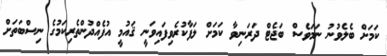
ކަމަށް ބެލެވުނު ނަމަވެސް ބަޖެޓް ދަރަނިވާ ކަމަށް ލަފާކުރެވިފައިވަނީ ޤައުމީ އުފެއްދުންތެރިކަމުގެ ނިސްބަތަށް